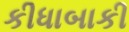
કીધાબાકી